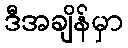
ဒီအချိန်မှာ